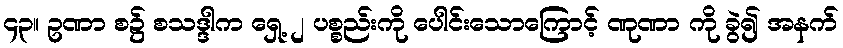
၄၃။ ဥဏာ စ၌ စသဒ္ဒါက ရှေ့ ၂ ပစ္စည်းကို ပေါင်းသောကြောင့် ဏုဏာ ကို ခွဲ၍ အနက်